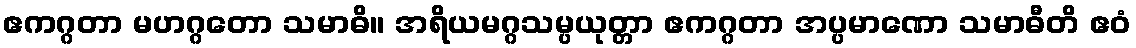
ဧကဂ္ဂတာ မဟဂ္ဂတော သမာဓိ။ အရိယမဂ္ဂသမ္ပယုတ္တာ ဧကဂ္ဂတာ အပ္ပမာဏော သမာဓီတိ ဧဝံ